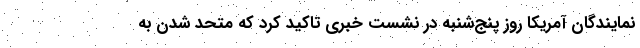
نمایندگان آمریکا روز پنج‌شنبه در نشست خبری تاکید کرد که متحد شدن به